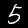
Digit: 5